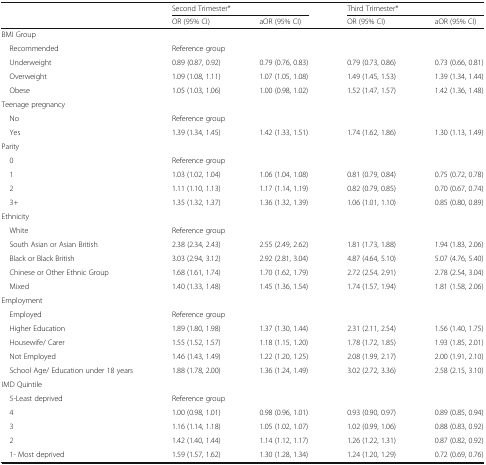
<table><thead><tr><td rowspan="2"></td><td colspan="2"><b>Second Trimester*</b></td><td colspan="2"><b>Third Trimester*</b></td></tr><tr><td><b>OR (95% CI)</b></td><td><b>aOR (95% CI)</b></td><td><b>OR (95% CI)</b></td><td><b>aOR (95% CI)</b></td></tr></thead><tbody><tr><td colspan="5">BMI Group</td></tr><tr><td> Recommended</td><td colspan="4">Reference group</td></tr><tr><td> Underweight</td><td>0.89 (0.87, 0.92)</td><td>0.79 (0.76, 0.83)</td><td>0.79 (0.73, 0.86)</td><td>0.73 (0.66, 0.81)</td></tr><tr><td> Overweight</td><td>1.09 (1.08, 1.11)</td><td>1.07 (1.05, 1.08)</td><td>1.49 (1.45, 1.53)</td><td>1.39 (1.34, 1.44)</td></tr><tr><td> Obese</td><td>1.05 (1.03, 1.06)</td><td>1.00 (0.98, 1.02)</td><td>1.52 (1.47, 1.57)</td><td>1.42 (1.36, 1.48)</td></tr><tr><td colspan="5">Teenage pregnancy</td></tr><tr><td> No</td><td colspan="4">Reference group</td></tr><tr><td> Yes</td><td>1.39 (1.34, 1.45)</td><td>1.42 (1.33, 1.51)</td><td>1.74 (1.62, 1.86)</td><td>1.30 (1.13, 1.49)</td></tr><tr><td colspan="5">Parity</td></tr><tr><td> 0</td><td colspan="4">Reference group</td></tr><tr><td> 1</td><td>1.03 (1.02, 1.04)</td><td>1.06 (1.04, 1.08)</td><td>0.81 (0.79, 0.84)</td><td>0.75 (0.72, 0.78)</td></tr><tr><td> 2</td><td>1.11 (1.10, 1.13)</td><td>1.17 (1.14, 1.19)</td><td>0.82 (0.79, 0.85)</td><td>0.70 (0.67, 0.74)</td></tr><tr><td> 3+</td><td>1.35 (1.32, 1.37)</td><td>1.36 (1.32, 1.39)</td><td>1.06 (1.01, 1.10)</td><td>0.85 (0.80, 0.89)</td></tr><tr><td colspan="5">Ethnicity</td></tr><tr><td> White</td><td colspan="4">Reference group</td></tr><tr><td> South Asian or Asian British</td><td>2.38 (2.34, 2.43)</td><td>2.55 (2.49, 2.62)</td><td>1.81 (1.73, 1.88)</td><td>1.94 (1.83, 2.06)</td></tr><tr><td> Black or Black British</td><td>3.03 (2.94, 3.12)</td><td>2.92 (2.81, 3.04)</td><td>4.87 (4.64, 5.10)</td><td>5.07 (4.76, 5.40)</td></tr><tr><td> Chinese or Other Ethnic Group</td><td>1.68 (1.61, 1.74)</td><td>1.70 (1.62, 1.79)</td><td>2.72 (2.54, 2.91)</td><td>2.78 (2.54, 3.04)</td></tr><tr><td> Mixed</td><td>1.40 (1.33, 1.48)</td><td>1.45 (1.36, 1.54)</td><td>1.74 (1.57, 1.94)</td><td>1.81 (1.58, 2.06)</td></tr><tr><td colspan="5">Employment</td></tr><tr><td> Employed</td><td colspan="4">Reference group</td></tr><tr><td> Higher Education</td><td>1.89 (1.80, 1.98)</td><td>1.37 (1.30, 1.44)</td><td>2.31 (2.11, 2.54)</td><td>1.56 (1.40, 1.75)</td></tr><tr><td> Housewife/ Carer</td><td>1.55 (1.52, 1.57)</td><td>1.18 (1.15, 1.20)</td><td>1.78 (1.72, 1.85)</td><td>1.93 (1.85, 2.01)</td></tr><tr><td> Not Employed</td><td>1.46 (1.43, 1.49)</td><td>1.22 (1.20, 1.25)</td><td>2.08 (1.99, 2.17)</td><td>2.00 (1.91, 2.10)</td></tr><tr><td> School Age/ Education under 18 years</td><td>1.88 (1.78, 2.00)</td><td>1.36 (1.24, 1.49)</td><td>3.02 (2.72, 3.36)</td><td>2.58 (2.15, 3.10)</td></tr><tr><td colspan="5">IMD Quintile</td></tr><tr><td> 5-Least deprived</td><td colspan="4">Reference group</td></tr><tr><td> 4</td><td>1.00 (0.98, 1.01)</td><td>0.98 (0.96, 1.01)</td><td>0.93 (0.90, 0.97)</td><td>0.89 (0.85, 0.94)</td></tr><tr><td> 3</td><td>1.16 (1.14, 1.18)</td><td>1.05 (1.02, 1.07)</td><td>1.02 (0.99, 1.06)</td><td>0.88 (0.83, 0.92)</td></tr><tr><td> 2</td><td>1.42 (1.40, 1.44)</td><td>1.14 (1.12, 1.17)</td><td>1.26 (1.22, 1.31)</td><td>0.87 (0.82, 0.92)</td></tr><tr><td> 1- Most deprived</td><td>1.59 (1.57, 1.62)</td><td>1.30 (1.28, 1.34)</td><td>1.24 (1.20, 1.29)</td><td>0.72 (0.69, 0.76)</td></tr></tbody></table>